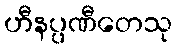
ဟီနပ္ပဏီတေသု